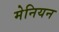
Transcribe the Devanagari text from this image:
मेनियन